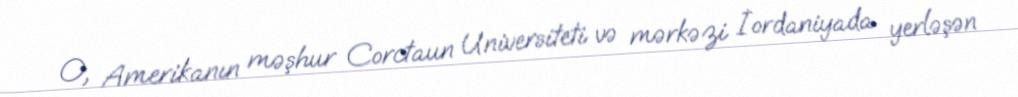
O, Amerikanın məşhur Corctaun Universiteti və mərkəzi İordaniyada yerləşən